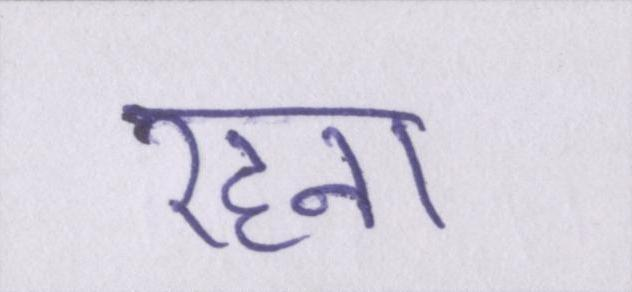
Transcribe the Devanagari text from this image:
रहना